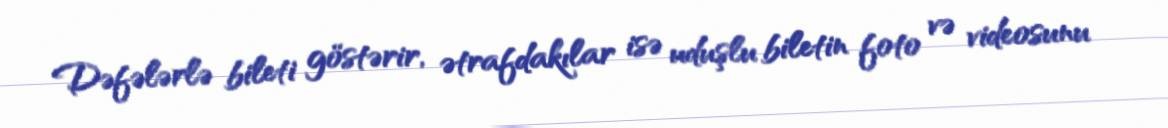
Dəfələrlə bileti göstərir, ətrafdakılar isə uduşlu biletin foto və videosunu